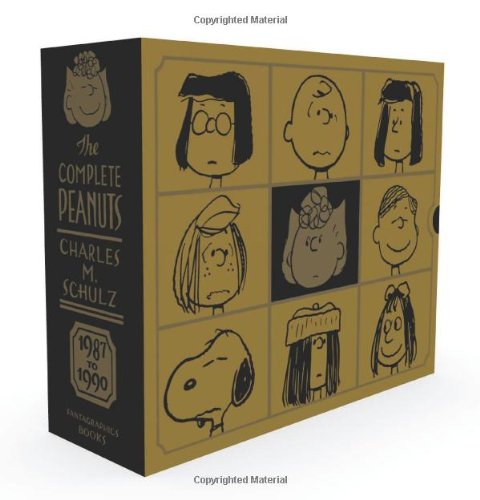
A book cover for The Complete Peanuts 1987-1990 Gift Box Set (The Complete Peanuts); Charles M. Schulz; Comics & Graphic Novels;